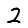
Digit: 2